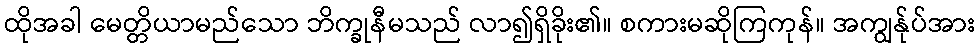
ထိုအခါ မေတ္တိယာမည်သော ဘိက္ခုနီမသည် လာ၍ရှိခိုး၏။ စကားမဆိုကြကုန်။ အကျွန်ုပ်အား